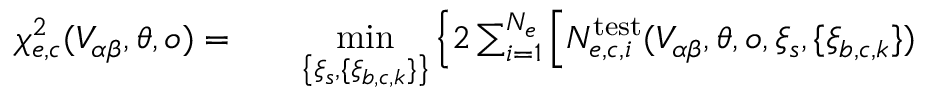
\begin{array} { r l r } { \chi _ { e , c } ^ { 2 } ( V _ { \alpha \beta } , \boldsymbol { \theta } , o ) = } & { { } } & { \underset { \left\{ \xi _ { s } , \{ \xi _ { b , c , k } \} \right\} } { \mathrm { m i n } } \left\{ 2 \sum _ { i = 1 } ^ { N _ { e } } \left[ N _ { e , c , i } ^ { \mathrm { t e s t } } ( V _ { \alpha \beta } , \boldsymbol { \theta } , o , \xi _ { s } , \{ \xi _ { b , c , k } \} ) \right. \right. } \end{array}